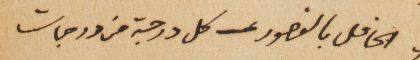
الحافل بالقصور ـ كل درجة من درجات